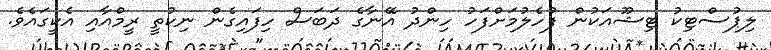
ލިޕުސްޓިކު ޓިޝޫއަކުން ފުހެލުމަށްފަހު ހިންދު އޭނާގެ ދަބަސް ހިފައިގެން ނިކުތީ ރީމްއާއި އެކީގައެވެ.